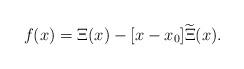
LaTeX: \begin{align*}f(x)=\Xi (x)-[x-x_{0}]\widetilde{\Xi}(x).\end{align*}